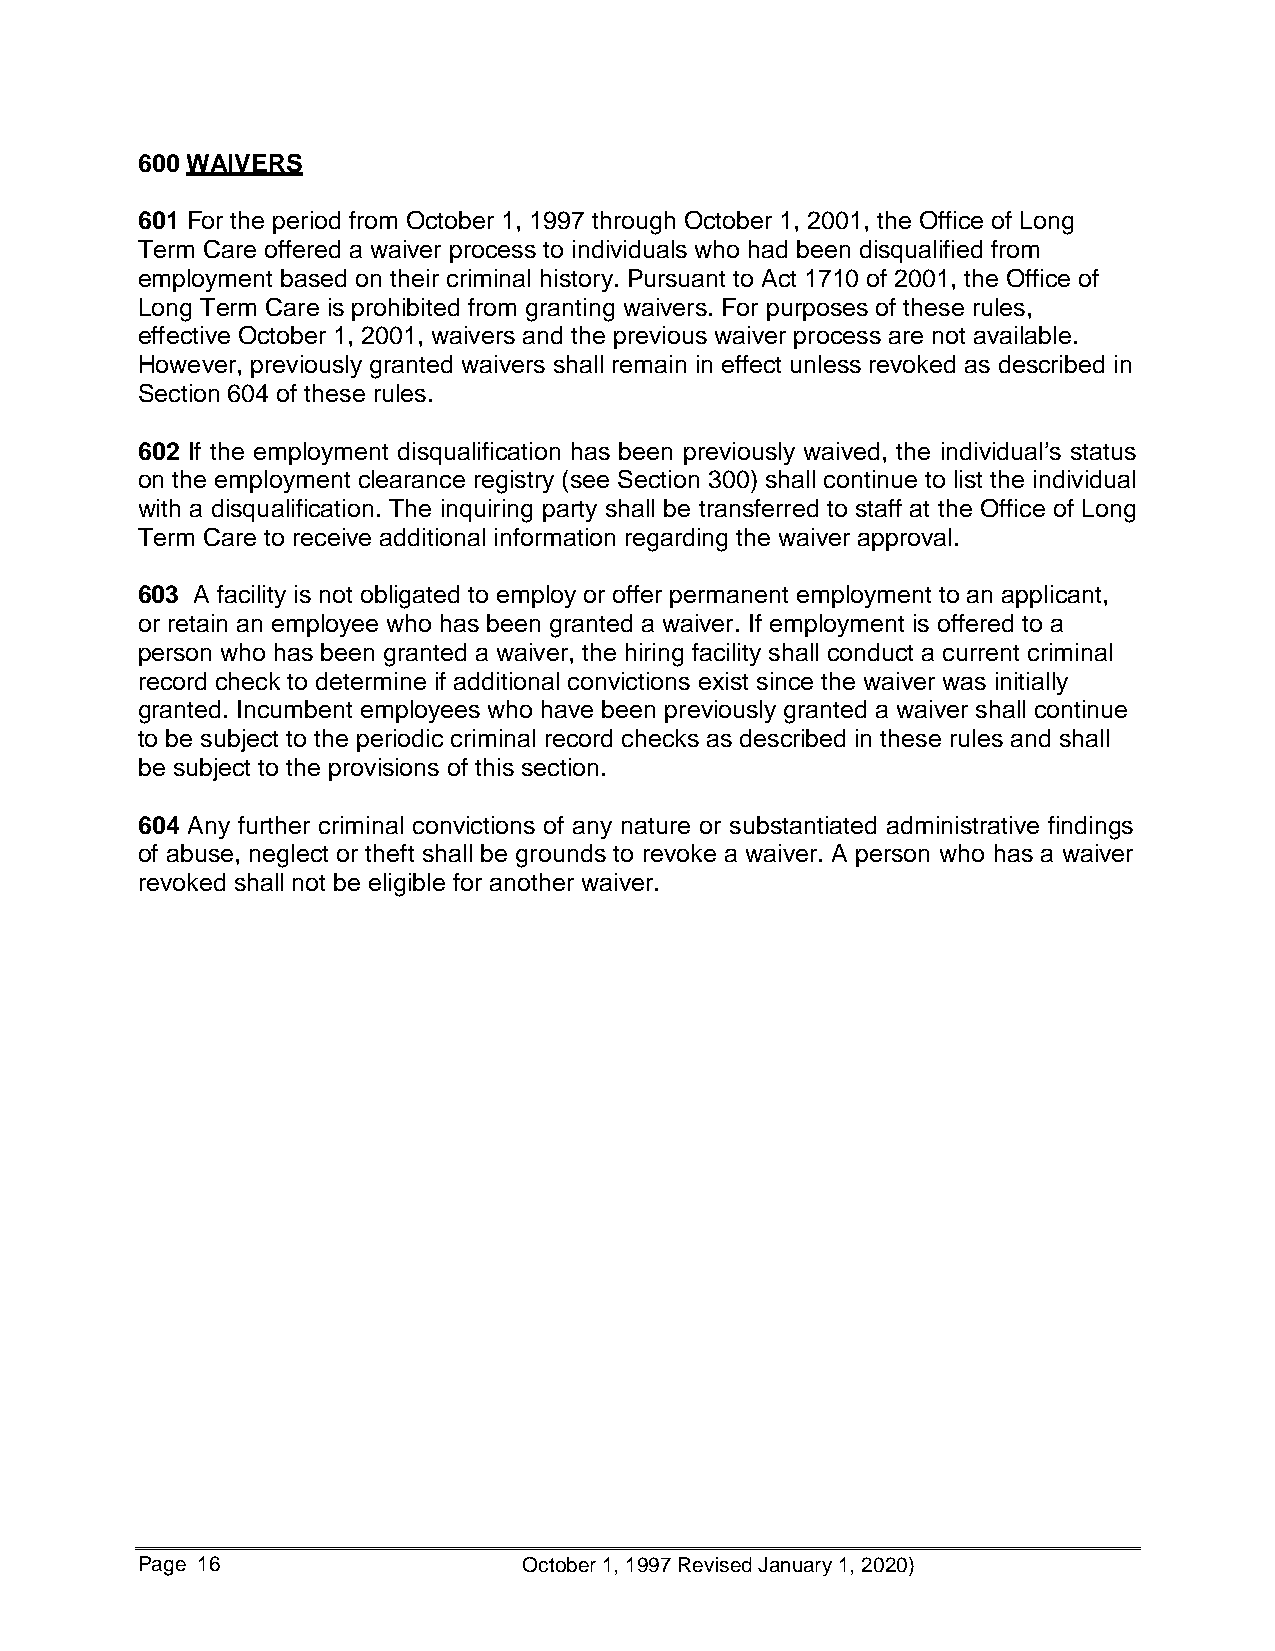
600 WAIVERS
 601 For the period from October 1, 1997 through October 1, 2001, the Office of Long
 Term Care offered a waiver process to individuals who had been disqualified from
 employment based on their criminal history. Pursuant to Act 1710 of 2001, the Office of
 Long Term Care is prohibited from granting waivers. For purposes of these rules,
 effective October 1, 2001, waivers and the previous waiver process are not available.
 However, previously granted waivers shall remain in effect unless revoked as described in
 Section 604 of these rules.
 602 If the employment disqualification has been previously waived, the individual’s status
 on the employment clearance registry (see Section 300) shall continue to list the individual
 with a disqualification. The inquiring party shall be transferred to staff at the Office of Long
 Term Care to receive additional information regarding the waiver approval.
 603 A facility is not obligated to employ or offer permanent employment to an applicant,
 or retain an employee who has been granted a waiver. If employment is offered to a
 person who has been granted a waiver, the hiring facility shall conduct a current criminal
 record check to determine if additional convictions exist since the waiver was initially
 granted. Incumbent employees who have been previously granted a waiver shall continue
 to be subject to the periodic criminal record checks as described in these rules and shall
 be subject to the provisions of this section.
 604 Any further criminal convictions of any nature or substantiated administrative findings
 of abuse, neglect or theft shall be grounds to revoke a waiver. A person who has a waiver
 revoked shall not be eligible for another waiver.
 Page 16                   October 1, 1997 Revised January 1, 2020)